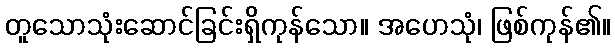
တူသောသုံးဆောင်ခြင်းရှိကုန်သော။ အဟေသုံ၊ ဖြစ်ကုန်၏။